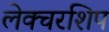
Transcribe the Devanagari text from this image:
लेक्चरशिप